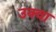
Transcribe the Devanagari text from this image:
उक्वा